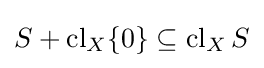
S+\operatorname {cl} _{X}\{0\}\subseteq \operatorname {cl} _{X}S